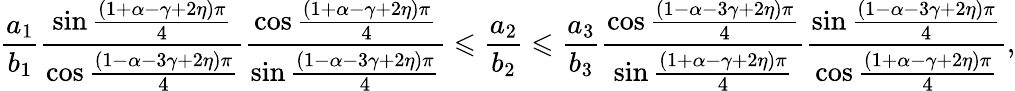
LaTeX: \frac{a_{1}}{b_{1}}\frac{\sin\frac{\left(1+\alpha-\gamma+2\eta\right)\pi}{4}}{\cos\frac{\left(1-\alpha-3\gamma+2\eta\right)\pi}{4}}\frac{\cos\frac{\left(1+\alpha-\gamma+2\eta\right)\pi}{4}}{\sin\frac{\left(1-\alpha-3\gamma+2\eta\right)\pi}{4}}\leqslant\frac{a_{2}}{b_{2}}\leqslant\frac{a_{3}}{b_{3}}\frac{\cos\frac{\left(1-\alpha-3\gamma+2\eta\right)\pi}{4}}{\sin\frac{\left(1+\alpha-\gamma+2\eta\right)\pi}{4}}\frac{\sin\frac{\left(1-\alpha-3\gamma+2\eta\right)\pi}{4}}{\cos\frac{\left(1+\alpha-\gamma+2\eta\right)\pi}{4}},